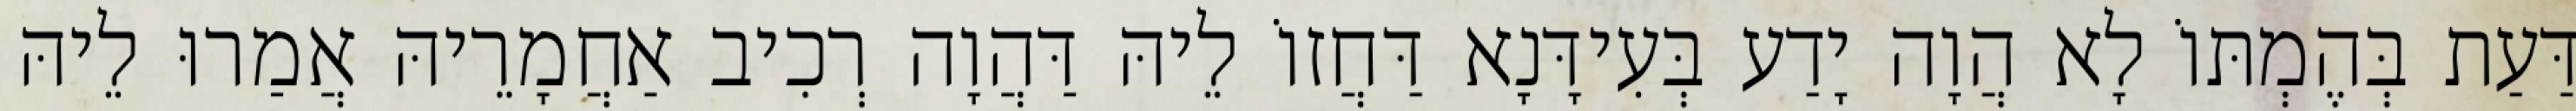
דַּעַת בְּהֶמְתּוֹ לָא הֲוָה יָדַע בְּעִידָּנָא דַּחֲזוֹ לֵיהּ דַּהֲוָה רְכִיב אַחֲמָרֵיהּ אֲמַרוּ לֵיהּ